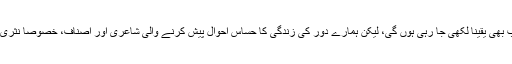
اچھی غزلیں (یا مثلاً اچھی رباعیاں) اب بھی یقیناً لکھی جا رہی ہوں گی، لیکن ہمارے دور کی زندگی کا حساس احوال پیش کرنے والی شاعری اور اصناف، خصوصاً نثری نظم کی صنف میں سامنے آ رہی ہے۔